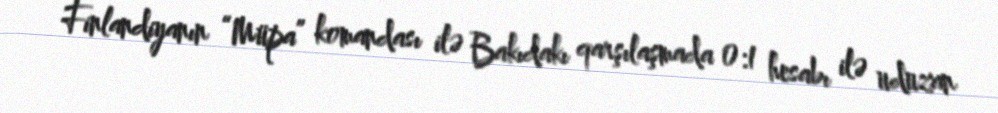
Finlandiyanın “Müpa” komandası ilə Bakıdakı qarşılaşmada 0:1 hesabı ilə uduzan